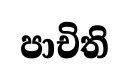
පාචිති